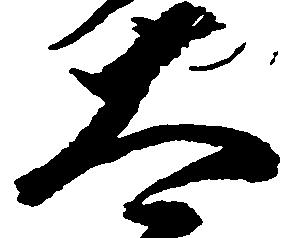
太